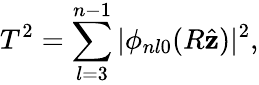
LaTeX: T^{2}=\sum_{l=3}^{n-1}|\phi_{nl0}(R\hat{\textbf{z}})|^{2},